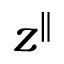
z ^ { \parallel }